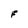
Character: F